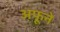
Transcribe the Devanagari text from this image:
अफूने